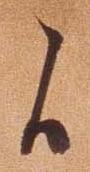
候